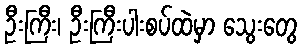
ဦးကြီး၊ ဦးကြီးပါးစပ်ထဲမှာ သွေးတွေ